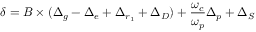
\delta = B \times ( \Delta _ { g } - \Delta _ { e } + \Delta _ { r _ { 1 } } + \Delta _ { D } ) + \frac { \omega _ { c } } { \omega _ { p } } \Delta _ { p } + \Delta _ { S }